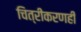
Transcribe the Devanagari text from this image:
चित्रीकरणही